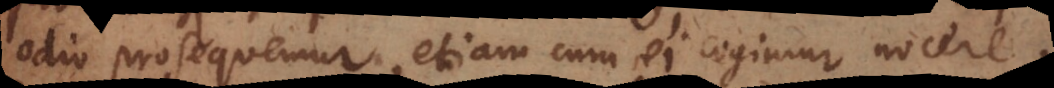
odio prosequemur, etiam cum ei cogimur nocere,